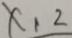
\times 1 2